system: You are a helpful assistant.
user:
Analyze the provided spectrum to determine if it is a **M-type Giant (gM)**.

A M-type Giant spectrum is defined by its **strong molecular absorption** features, particularly from **Titanium Oxide (TiO)**. You must check for one of the following mutually exclusive signatures:

- **Key Visual Indicators (Absorption-Dominated Spectrum):**

    - **(Primary):** The spectrum is dominated by strong molecular absorption from **Titanium Oxide (TiO)**. This is the **defining feature** of its M-type temperature class.
        - **(Key Bandheads):** Look for sharp, "saw-tooth" absorption valleys. The strongest are located near **~7050 Å**, **~6160 Å**, and **~5170 Å**.
        - **(Line Profile):** The "saw-tooth" morphology is critical: a **sharp, steep drop on the BLUE (short-wavelength) side** of the bandhead, followed by a gradual recovery (rising flux) towards the RED (long-wavelength) side.

    - **(Key Confirmation - Giant vs. Dwarf):** **ABSENCE** of strong **Calcium Hydride (CaH)** molecular bands. This is the primary diagnostic for *excluding* M-dwarfs.
        - **(Key Region):** The spectrum should lack the strong, broad absorption band seen in dwarfs between **~6800 Å and ~7000 Å**.

    - **(Secondary Confirmation - Giant):** A very strong and broad **Neutral Calcium (Ca I)** atomic absorption line.
        - **(Key Line):** Located at **~4226 Å**. In a giant (gM), this line is significantly deeper and broader than the same line in an M-dwarf (dM) due to low surface gravity.

    - **(Overall Spectrum):**
        - The continuum is **extremely red-sloping** (i.e., flux is very low in the blue and rises dramatically towards the red).
        - The entire spectrum appears "chopped up" by the deep TiO bands.

Think first, call **spectral_visualization_tool** if needed to examine features in detail, then provide your final answer. Your response must adhere to the following strict rules:
1.  **Overall Structure:** Your response must follow the format `<think>...</think> <tool_call>...</tool_call> (if a tool is used) <answer>...</answer>`.
2.  **Tool Usage Constraint:** You may only make **one** tool call per turn.
3.  **Final Answer Format:** In the `<answer>` tag, your conclusion must be inside a `\boxed{}` command (e.g., `\boxed{YES}` or `\boxed{NO}`), followed by your justification.

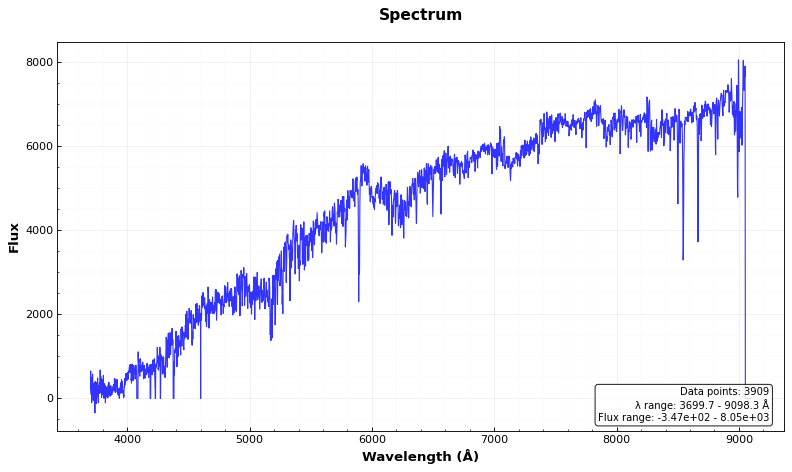
Answer: YES